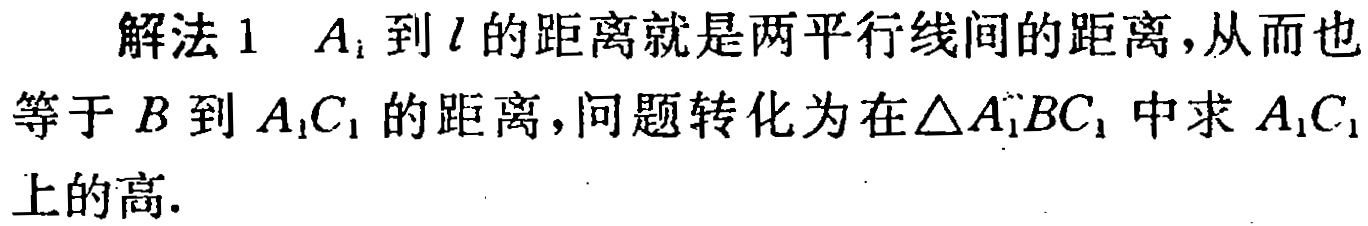
解法 1 \(A_{i}\)到\(l\)的距离就是两平行线间的距离，从而也等于\(B\)到\(A_{1}C_{1}\)的距离，问题转化为在\(\triangle A_{1}BC_{1}\)中求\(A_{1}C_{1}\)上的高.